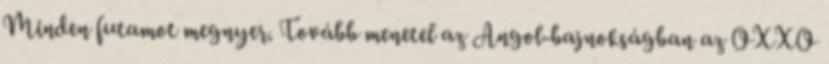
Minden futamot megnyer. Tovább menetel az Angol-bajnokságban az OXXO